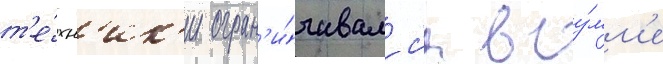
т'е́хн'ик'и огран'и́чивалс'я в су́мм'е